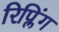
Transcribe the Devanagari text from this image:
रिप्लिंग